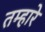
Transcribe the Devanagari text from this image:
तम्हारे